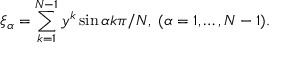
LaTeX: \xi _ { \alpha } = \sum _ { k = 1 } ^ { N - 1 } y ^ { k } \sin \alpha k \pi / N , \; ( \alpha = 1 , \ldots , N - 1 ) .